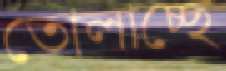
তোলাচ্ছে